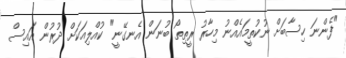
"ފެންނަ ހިސާބަށް ނުކުތީމައެއްނު މިހާރު ރީތިތޯ ބުނަން އެނގޭނީ" ކުއްލިއަކަށް ދުރުން އައިސް